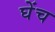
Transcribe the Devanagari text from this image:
घेंच